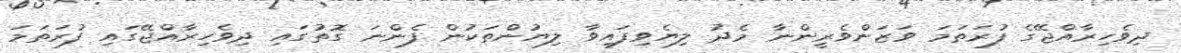
ދިވެހިރާއްޖޭގެ ފުރަތަމަ ވަޒަންވެރީންނާ މެދު ލިޔެވިފައިވާ ލިޔުންތަކުން ފެންނަ ގޮތުގައި ދިވެހިރާއްޖޭގައި ފުރަތަމަ